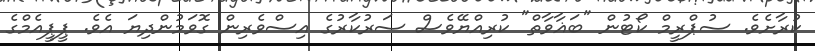
ކުރާށެވެ. ސުޕްރީމް ކޯޓުން "ބަޣާވާތް" ކުރިއްޔޭވެސް ސަރުކާރުގެ އިސްވެރިން ގޮވަމުންދިޔަ އެވެ. ޕީޕީއެމްގެ